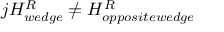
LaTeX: j H _ { w e d g e } ^ { R } \neq H _ { o p p o s i t e w e d g e } ^ { R }